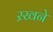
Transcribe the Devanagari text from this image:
ऱखने